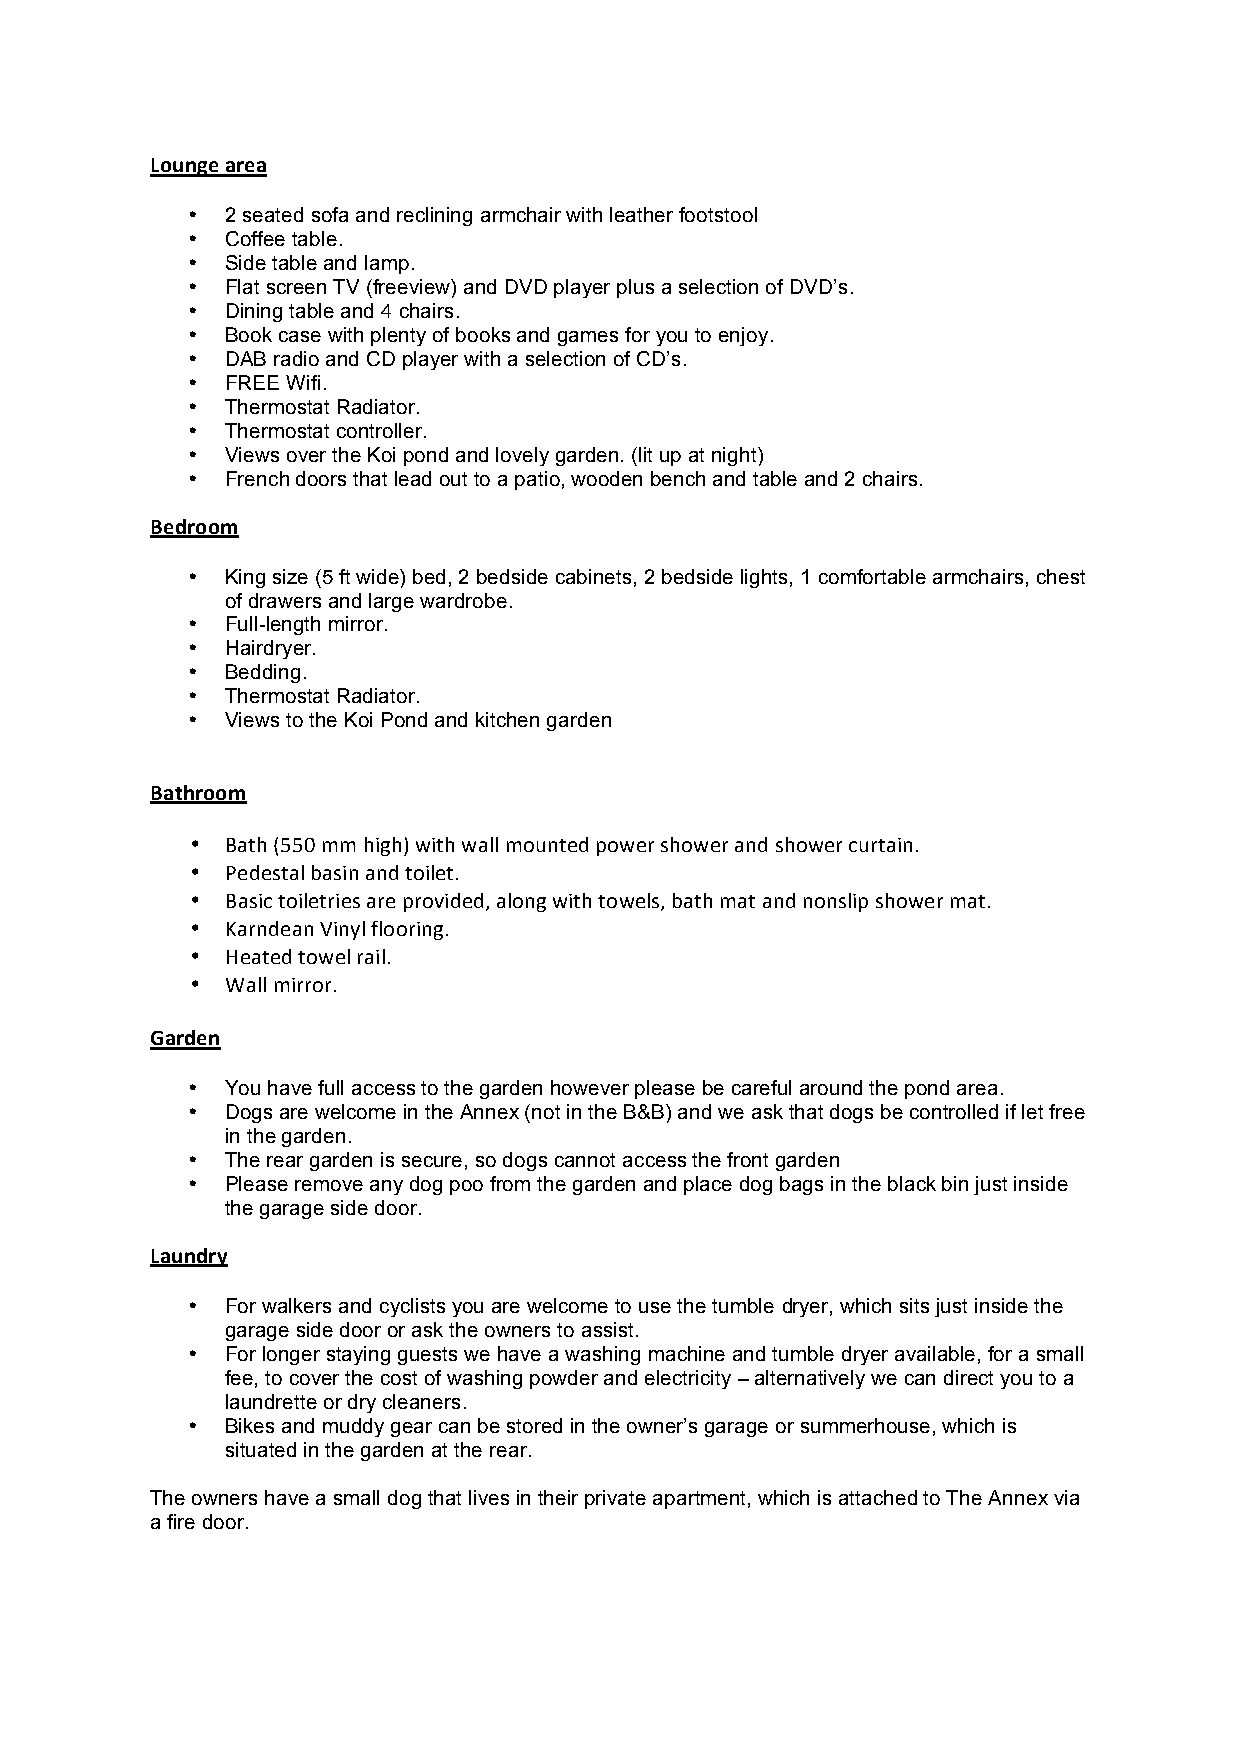
Lounge area
 •  2 seated sofa and reclining armchair with leather footstool
 •  Coffee table.
 •  Side table and lamp.
 •  Flat screen TV (freeview) and DVD player plus a selection of DVD’s.
 •  Dining table and 4 chairs.
 •  Book case with plenty of books and games for you to enjoy.
 •  DAB radio and CD player with a selection of CD’s.
 •  FREE Wifi.
 •  Thermostat Radiator.
 •  Thermostat controller.
 •  Views over the Koi pond and lovely garden. (lit up at night)
 •  French doors that lead out to a patio, wooden bench and table and 2 chairs.
 Bedroom
 •  King size (5 ft wide) bed, 2 bedside cabinets, 2 bedside lights, 1 comfortable armchairs, chest
 of drawers and large wardrobe.
 •  Full-length mirror.
 •  Hairdryer.
 •  Bedding.
 •  Thermostat Radiator.
 •  Views to the Koi Pond and kitchen garden
 Bathroom
 • Bath (550 mm high) with wall mounted power shower and shower curtain.
 • Pedestal basin and toilet.
 • Basic toiletries are provided, along with towels, bath mat and nonslip shower mat.
 • Karndean Vinyl flooring.
 • Heated towel rail.
 • Wall mirror.
 Garden
 •  You have full access to the garden however please be careful around the pond area.
 •  Dogs are welcome in the Annex (not in the B&B) and we ask that dogs be controlled if let free
 in the garden.
 •  The rear garden is secure, so dogs cannot access the front garden
 •  Please remove any dog poo from the garden and place dog bags in the black bin just inside
 the garage side door.
 Laundry
 •  For walkers and cyclists you are welcome to use the tumble dryer, which sits just inside the
 garage side door or ask the owners to assist.
 •  For longer staying guests we have a washing machine and tumble dryer available, for a small
 fee, to cover the cost of washing powder and electricity – alternatively we can direct you to a
 laundrette or dry cleaners.
 •  Bikes and muddy gear can be stored in the owner’s garage or summerhouse, which is
 situated in the garden at the rear.
 The owners have a small dog that lives in their private apartment, which is attached to The Annex via
 a fire door.